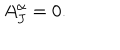
A _ { J } ^ { \alpha } = 0 .